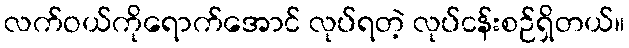
လက်ဝယ်ကိုရောက်အောင် လုပ်ရတဲ့ လုပ်ငန်းစဉ်ရှိတယ်။